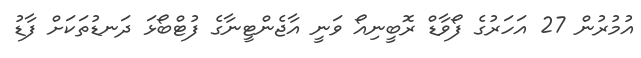
އުމުރުން 27 އަހަރުގެ ފޯވާޑް ރޮބީނިއޯ ވަނީ އާޖެންޓީނާގެ ފުޓްބޯޅަ ދަނޑުތަކަށް ފާޑު